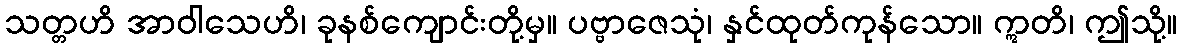
သတ္တဟိ အာဝါသေဟိ၊ ခုနစ်ကျောင်းတို့မှ။ ပဗ္ဗာဇေသုံ၊ နှင်ထုတ်ကုန်သော။ ဣတိ၊ ဤသို့။